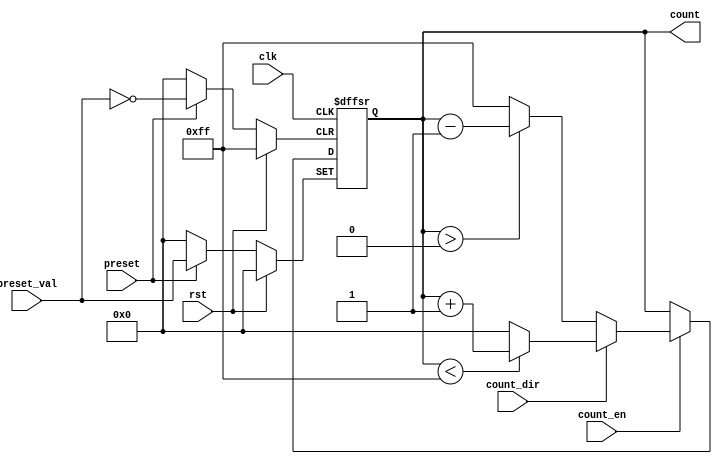
module presettable_counter (
    input wire clk,                // Clock signal
    input wire rst,                // Asynchronous reset signal
    input wire preset,             // Asynchronous preset signal
    input wire [7:0] preset_val,   // Preset value (8-bit wide)
    input wire count_en,           // Count enable signal
    input wire count_dir,          // Count direction (1 for up, 0 for down)
    output reg [7:0] count         // Current counter value (8-bit wide)
);

    // Define the maximum and minimum values for the counter
    parameter MAX_COUNT = 8'hFF;   // Maximum value for an 8-bit counter
    parameter MIN_COUNT = 8'h00;   // Minimum value for an 8-bit counter

    // Always block triggered on the rising edge of the clock
    always @(posedge clk or posedge rst or posedge preset) begin
        if (rst) begin
            // Asynchronous reset
            count <= MIN_COUNT; // Reset to zero (or MIN_COUNT)
        end else if (preset) begin
            // Asynchronous preset
            count <= preset_val; // Load the preset value
        end else if (count_en) begin
            // Counting logic
            if (count_dir) begin
                // Count up
                if (count < MAX_COUNT)
                    count <= count + 1;
                else
                    count <= MIN_COUNT; // Wrap around
            end else begin
                // Count down
                if (count > MIN_COUNT)
                    count <= count - 1;
                else
                    count <= MAX_COUNT; // Wrap around
            end
        end
    end

endmodule